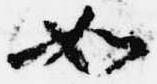
如